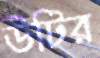
উটির